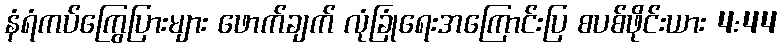
နံရံကပ်ကြွေပြားများ ဖောက်ချက် လုံခြုံရေးအကြောင်းပြ စပစ်ဖိုင်းယား 4:44